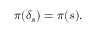
\pi ( \delta _ { s } ) = \pi ( s ) .